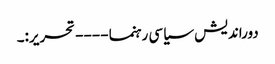
دوراندیش سیاسی رہنما ---- تحریر:۔